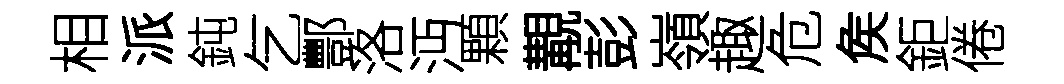
相派鈍乞酆洛沔顆覯彭嶺趣危矦鉅倦